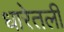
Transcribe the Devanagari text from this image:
धारेतली